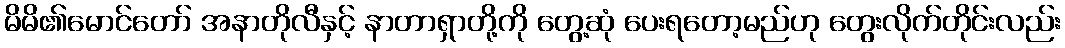
မိမိ၏မောင်တော် အနာတိုလီနှင့် နာတာရှာတို့ကို တွေ့ဆုံ ပေးရတော့မည်ဟု တွေးလိုက်တိုင်းလည်း